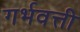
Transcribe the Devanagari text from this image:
गर्भवत्ती